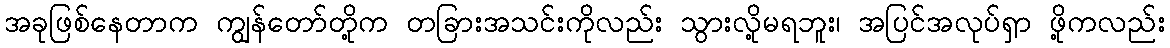
အခုဖြစ်နေတာက ကျွန်တော်တို့က တခြားအသင်းကိုလည်း သွားလို့မရဘူး၊ အပြင်အလုပ်ရှာ ဖို့ကလည်း